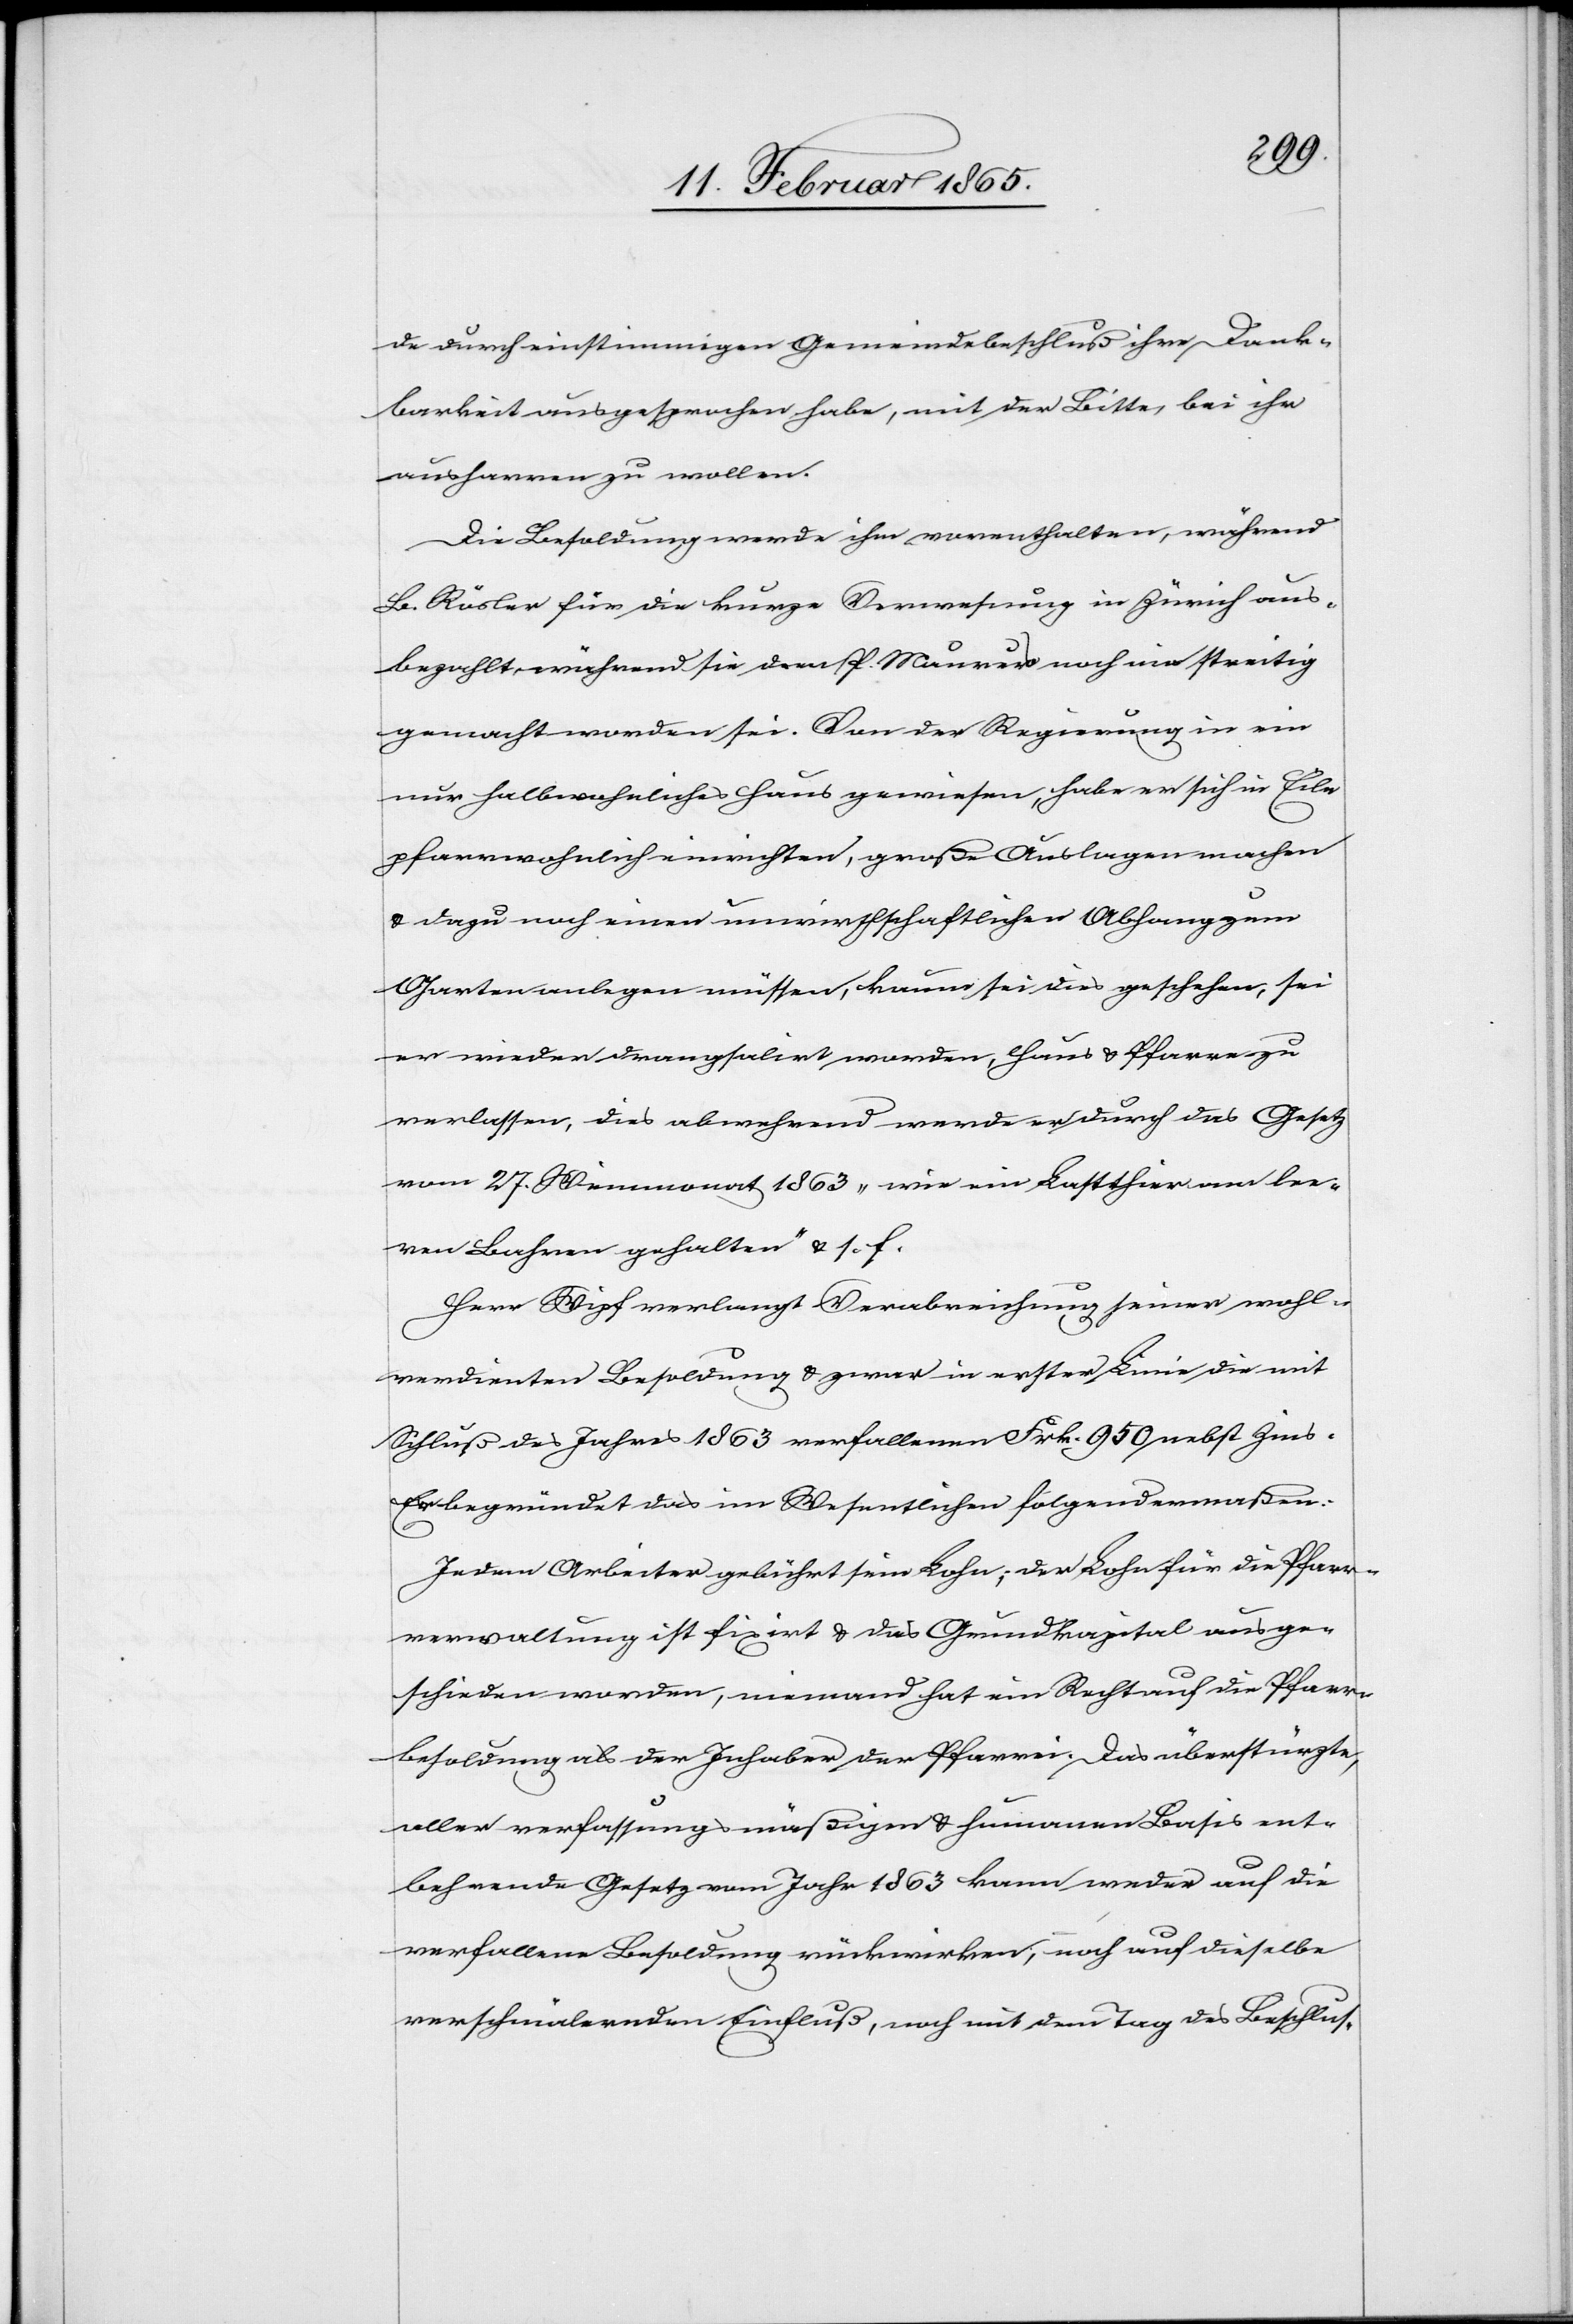
de durch einstimmigen Gemeindebeschluß ihre Dank¬
barkeit ausgesprochen habe, mit der Bitte, bei ihr
ausharren zu wollen.
Die Besoldung werde ihm vorenthalten, während
B. Rösler für die kurze Verwesung in Zürich aus¬
bezahlt, während sie dem P. Maurer noch nie streitig
gemacht worden sei. Von der Regierung in ein
nur halbwohnliches Haus gewiesen, habe er sich in Eile
pfarrwohnlich einrichten, große Auslagen machen
u. dazu noch einen unwirthschaftlichen Abhang zum
Garten anlegen müssen, kaum sei dies geschehen, sei
er wieder drangsalirt worden, Haus u. Pfarre zu
verlassen, dies abwehrend werde er durch das Gesetz
vom 27. Weinmonat 1863 „wie ein Lastthier am lee¬
ren Bahren gehalten“ u. s. f.
Herr Wipf verlangt Verabreichung seiner wohl¬
verdienten Besoldung u. zwar in erster Linie die mit
Schluß des Jahres 1863 verfallenen Frk. 950 nebst Zins.
Er begründet das im Wesentlichen folgendermaßen:
Jedem Arbeiter gebührt sein Lohn; der Lohn für die Pfarr¬
verwaltung ist fixirt u. das Grundkapital ausge¬
schieden worden, niemand hat ein Recht auf die Pfarr¬
besoldung als der Inhaber der Pfarrei. Das überstürzte,
aller verfassungsmäßigen u. humanen Basis ent¬
behrende Gesetz vom Jahr 1863 kann weder auf die
verfallene Besoldung rückwirken, noch auf dieselbe
verschmälernden Einfluß, noch mit dem Tag des Beschlus-